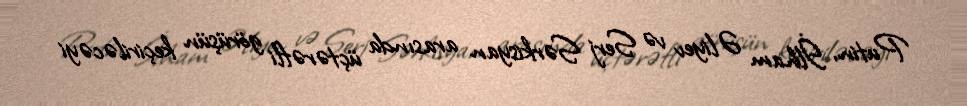
Putin, İlham Əliyev və Serj Sərkisyan arasında üçtərəfli görüşün keçiriləcəyi